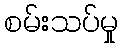
စမ်းသပ်မှု